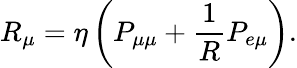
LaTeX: R_{\mu}=\eta\left(P_{\mu\mu}+\frac{1}{R}P_{e\mu}\right).